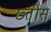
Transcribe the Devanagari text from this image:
छ्तीस